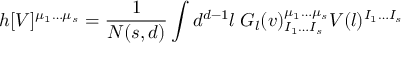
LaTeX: h [ V ] ^ { \mu _ { 1 } \ldots \mu _ { s } } = { \frac { 1 } { { \cal N } ( s , d ) } } \int d ^ { d - 1 } l \; G _ { l } ( v ) _ { I _ { 1 } \ldots I _ { s } } ^ { \mu _ { 1 } \ldots \mu _ { s } } V ( l ) ^ { I _ { 1 } \ldots I _ { s } }